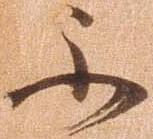
不